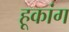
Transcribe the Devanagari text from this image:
हूकांग